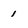
Character: 1